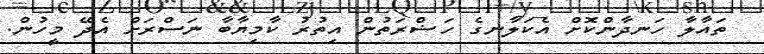
ތައާލާ ހަނދާންކޮށް އެކަލާނގެ ހަޟްރަތުން އިތުރު ކާމިޔާބާ ނަސްރަށް އެދޭ މީހުން.